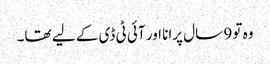
وہ تو 9 سال پرانا اور آئی ٹی ڈی کے لیے تھا۔